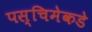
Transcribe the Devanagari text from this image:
पस्चिमेकडे